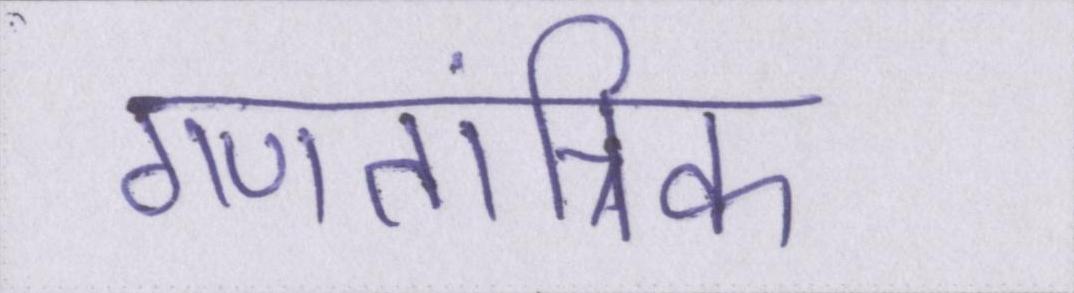
गणतांत्रिक